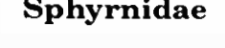
Sphyrnidae